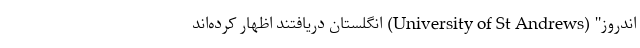
اندروز" (University of St Andrews) انگلستان دریافتند اظهار کرده‌اند